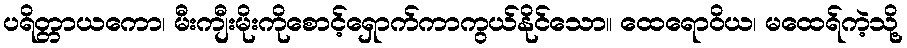
ပရိတ္တာယကော၊ မီးကျီးမိုးကိုစောင့်ရှောက်ကာကွယ်နိုင်သော။ ထေရောဝိယ၊ မထေရ်ကဲ့သို့